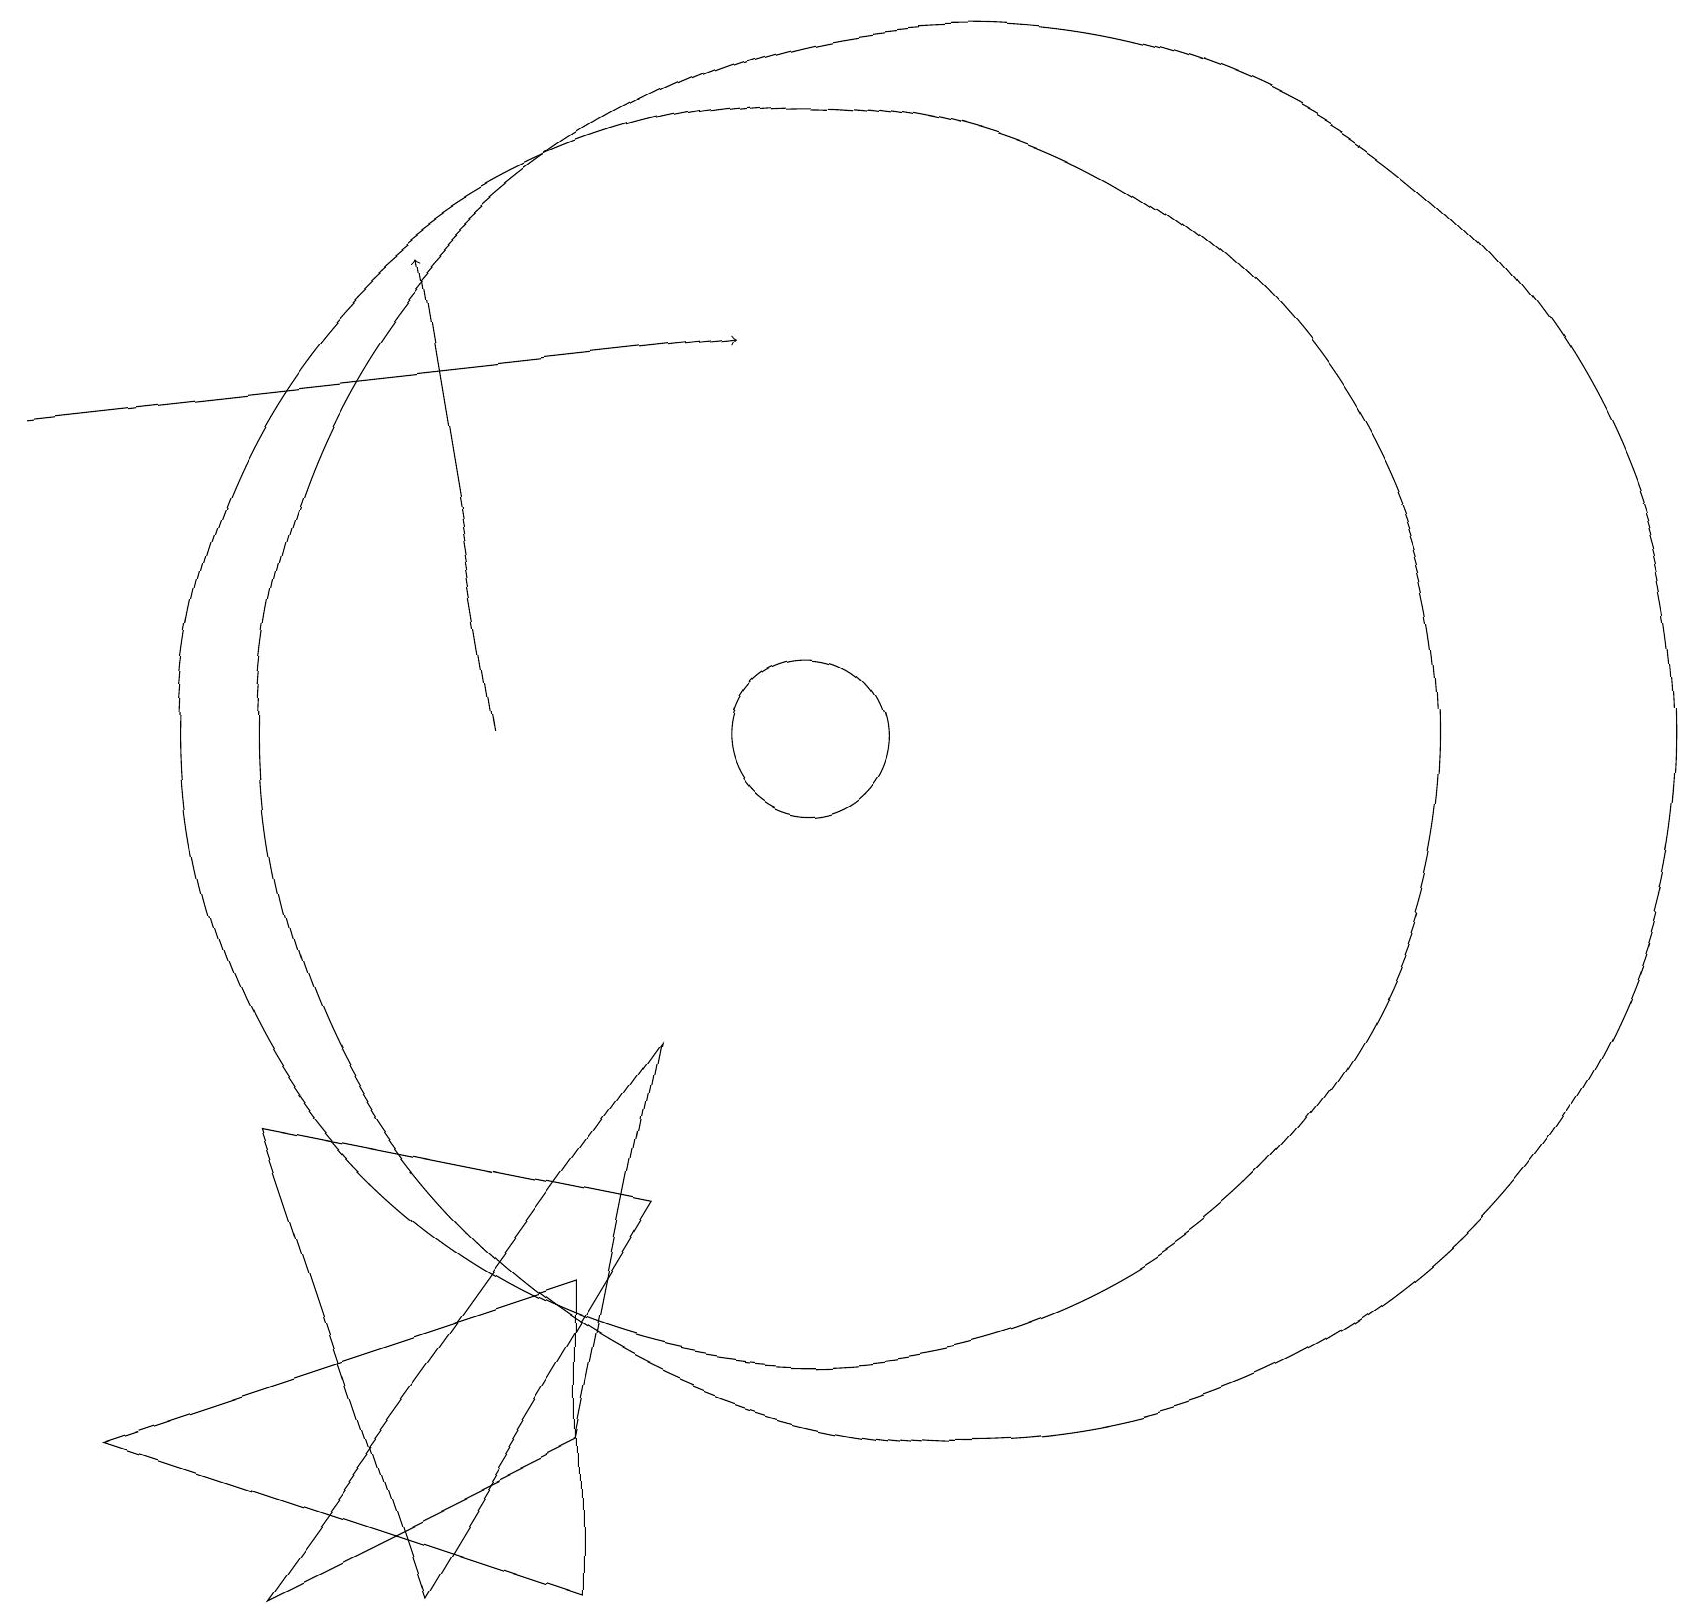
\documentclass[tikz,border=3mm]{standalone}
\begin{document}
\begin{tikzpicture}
\draw (8,7) -- (3,0) -- (7,2) -- cycle;
\draw[->] (6,11) -- (5,17);
\draw[->] (0,15) -- (9,16);
\draw (3,6) -- (8,5) -- (5,0) -- cycle;
\draw (12,11) circle (9);
\draw (10,11) circle (8);
\draw (7,0) -- (1,2) -- (7,4) -- cycle;
\draw (10,11) circle (1);
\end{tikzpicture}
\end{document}